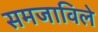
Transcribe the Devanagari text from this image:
समजाविले